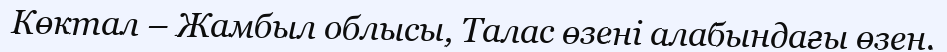
Көктал – Жамбыл облысы, Талас өзені алабындағы өзен.